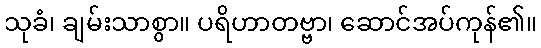
သုခံ၊ ချမ်းသာစွာ။ ပရိဟာတဗ္ဗာ၊ ဆောင်အပ်ကုန်၏။